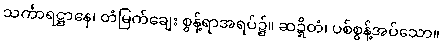
သင်္ကာရဋ္ဌာနေ၊ တံမြက်ချေး စွန့်ရာအရပ်၌။ ဆဍ္ဍိတံ၊ ပစ်စွန့်အပ်သော။